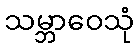
သမ္ဘာဝေသုံ